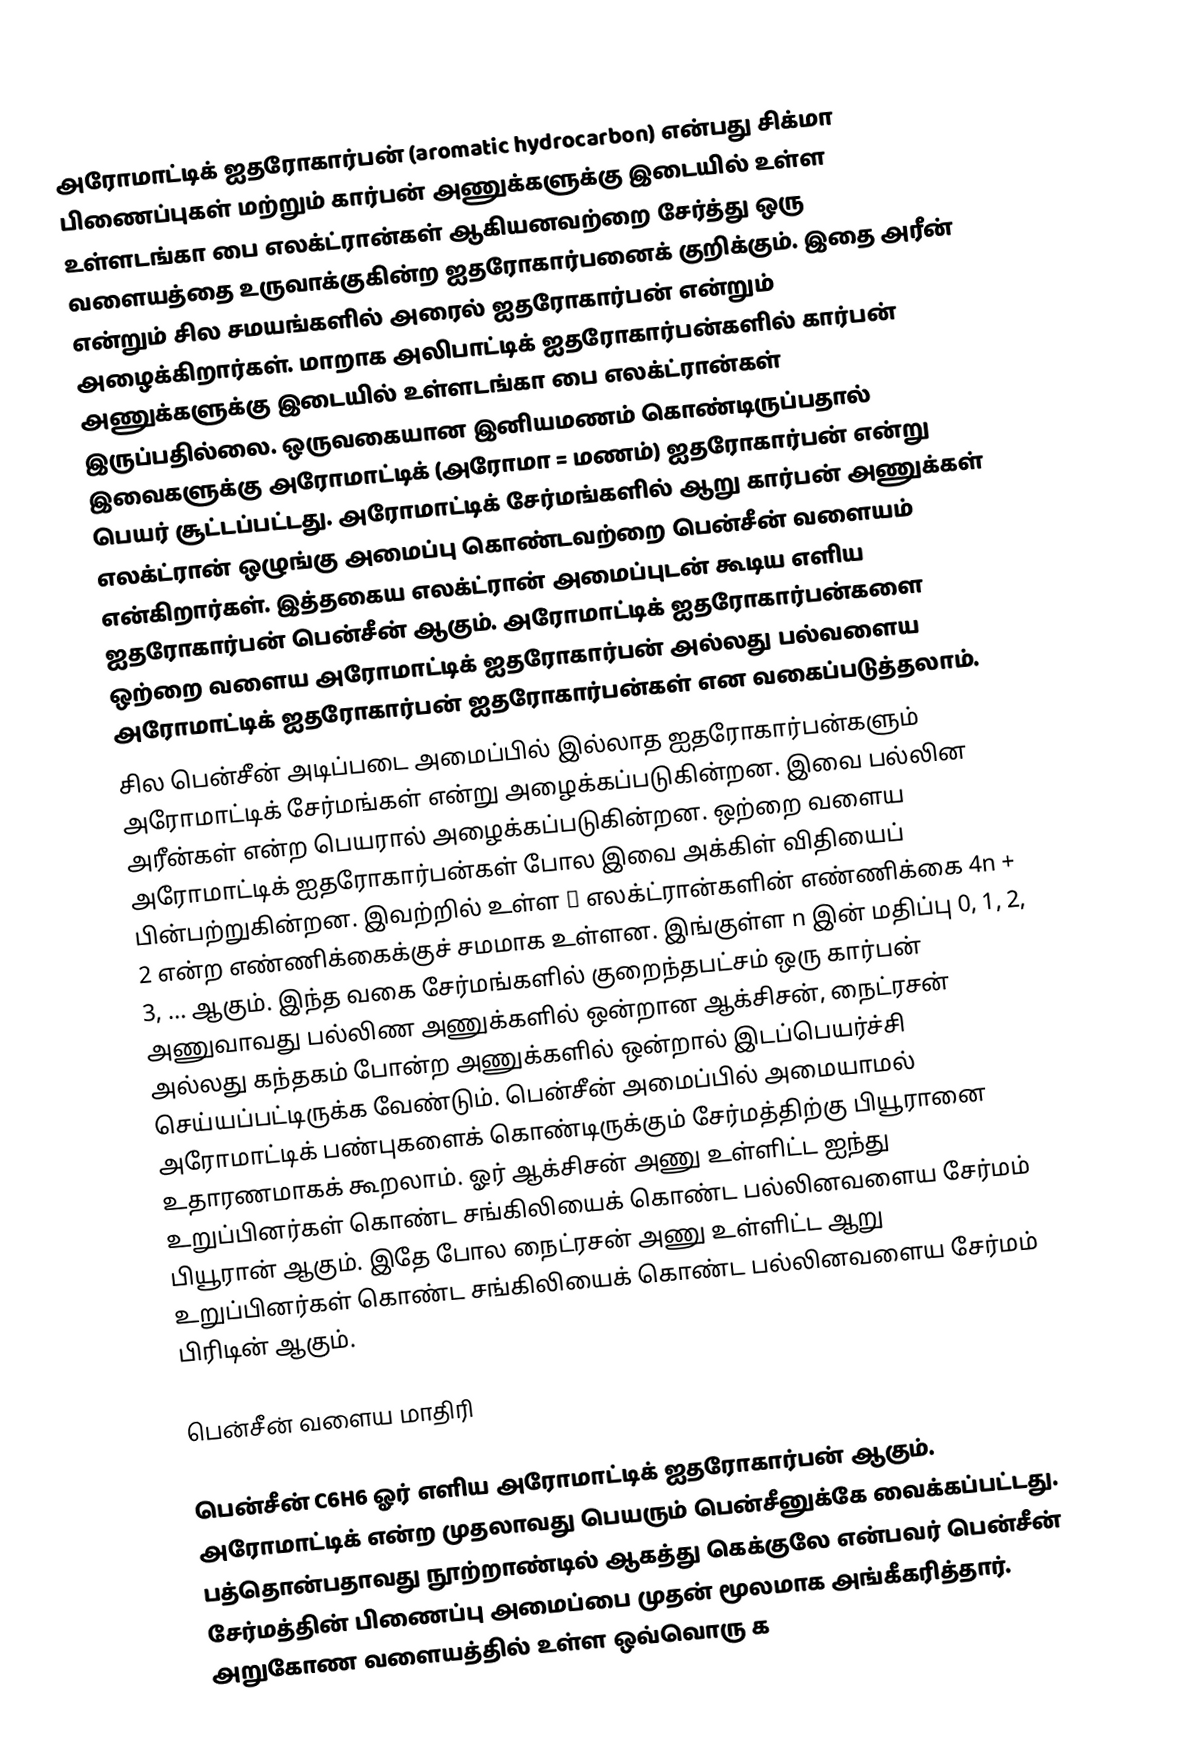
அரோமாட்டிக் ஐதரோகார்பன் (aromatic hydrocarbon)  என்பது  சிக்மா பிணைப்புகள் மற்றும் கார்பன் அணுக்களுக்கு இடையில் உள்ள உள்ளடங்கா பை எலக்ட்ரான்கள் ஆகியனவற்றை சேர்த்து ஒரு வளையத்தை உருவாக்குகின்ற ஐதரோகார்பனைக் குறிக்கும். இதை அரீன் என்றும் சில சமயங்களில் அரைல் ஐதரோகார்பன்  என்றும் அழைக்கிறார்கள்.  மாறாக அலிபாட்டிக் ஐதரோகார்பன்களில் கார்பன் அணுக்களுக்கு இடையில்  உள்ளடங்கா பை எலக்ட்ரான்கள் இருப்பதில்லை.  ஒருவகையான இனியமணம் கொண்டிருப்பதால் இவைகளுக்கு அரோமாட்டிக் (அரோமா = மணம்) ஐதரோகார்பன்  என்று பெயர் சூட்டப்பட்டது.  அரோமாட்டிக் சேர்மங்களில் ஆறு கார்பன் அணுக்கள் எலக்ட்ரான் ஒழுங்கு அமைப்பு கொண்டவற்றை பென்சீன் வளையம் என்கிறார்கள்.  இத்தகைய எலக்ட்ரான் அமைப்புடன் கூடிய எளிய ஐதரோகார்பன் பென்சீன் ஆகும். அரோமாட்டிக் ஐதரோகார்பன்களை ஒற்றை வளைய அரோமாட்டிக் ஐதரோகார்பன் அல்லது பல்வளைய அரோமாட்டிக் ஐதரோகார்பன் ஐதரோகார்பன்கள் என வகைப்படுத்தலாம்.
சில பென்சீன் அடிப்படை அமைப்பில் இல்லாத ஐதரோகார்பன்களும் அரோமாட்டிக் சேர்மங்கள் என்று அழைக்கப்படுகின்றன. இவை பல்லின அரீன்கள் என்ற பெயரால் அழைக்கப்படுகின்றன. ஒற்றை வளைய அரோமாட்டிக் ஐதரோகார்பன்கள் போல இவை அக்கிள் விதியைப் பின்பற்றுகின்றன. இவற்றில் உள்ள π எலக்ட்ரான்களின் எண்ணிக்கை  4n + 2 என்ற எண்ணிக்கைக்குச் சமமாக உள்ளன. இங்குள்ள   n இன் மதிப்பு  0, 1, 2, 3, … ஆகும். இந்த வகை சேர்மங்களில் குறைந்தபட்சம் ஒரு கார்பன் அணுவாவது பல்லிண அணுக்களில் ஒன்றான ஆக்சிசன், நைட்ரசன் அல்லது கந்தகம் போன்ற அணுக்களில் ஒன்றால் இடப்பெயர்ச்சி செய்யப்பட்டிருக்க வேண்டும்.  பென்சீன் அமைப்பில் அமையாமல் அரோமாட்டிக் பண்புகளைக் கொண்டிருக்கும் சேர்மத்திற்கு பியூரானை உதாரணமாகக் கூறலாம். ஓர் ஆக்சிசன் அணு உள்ளிட்ட ஐந்து உறுப்பினர்கள் கொண்ட சங்கிலியைக் கொண்ட பல்லினவளைய சேர்மம் பியூரான் ஆகும். இதே போல நைட்ரசன் அணு உள்ளிட்ட ஆறு உறுப்பினர்கள் கொண்ட சங்கிலியைக் கொண்ட பல்லினவளைய சேர்மம் பிரிடின் ஆகும்.

பென்சீன் வளைய மாதிரி

பென்சீன் C6H6  ஓர் எளிய அரோமாட்டிக் ஐதரோகார்பன் ஆகும். அரோமாட்டிக் என்ற முதலாவது பெயரும் பென்சீனுக்கே வைக்கப்பட்டது. பத்தொன்பதாவது நூற்றாண்டில் ஆகத்து கெக்குலே என்பவர் பென்சீன் சேர்மத்தின் பிணைப்பு அமைப்பை முதன் மூலமாக அங்கீகரித்தார். அறுகோண வளையத்தில் உள்ள ஒவ்வொரு க